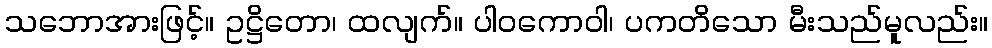
သဘောအားဖြင့်။ ဥဋ္ဌိတော၊ ထလျက်။ ပါဝကောဝါ၊ ပကတိသော မီးသည်မူလည်း။